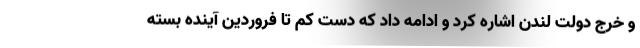
و خرج دولت لندن اشاره کرد و ادامه داد که دست کم تا فروردین آینده بسته